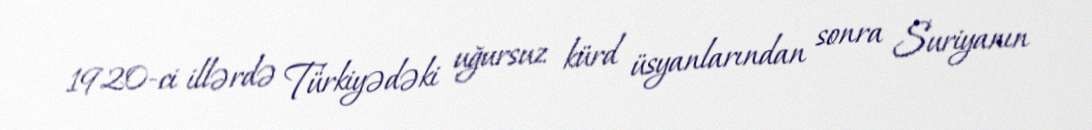
1920-ci illərdə Türkiyədəki uğursuz kürd üsyanlarından sonra Suriyanın